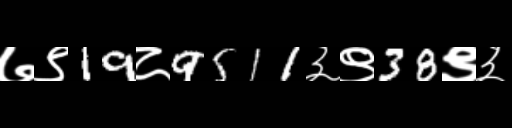
Text: ७९19८9511३९38९३